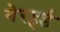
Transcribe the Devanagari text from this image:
गेरहर्ड